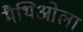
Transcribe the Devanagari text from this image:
मैथिओला